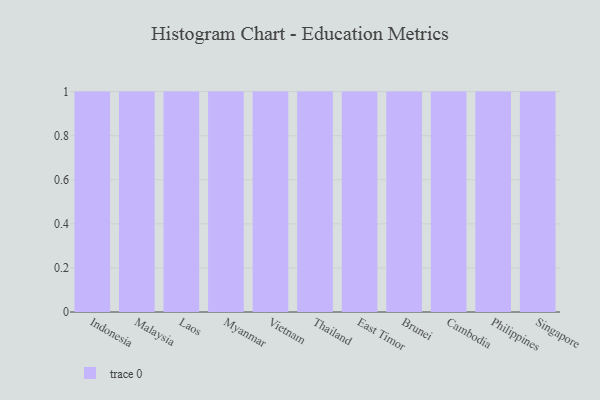
{"axis": {"x": "Country", "y": "Temperature (°C)"}, "legend": [""], "data": [{"x": "Indonesia", "y": 38, "type": ""}, {"x": "Malaysia", "y": 31, "type": ""}, {"x": "Laos", "y": 16, "type": ""}, {"x": "Myanmar", "y": 26, "type": ""}, {"x": "Vietnam", "y": 84, "type": ""}, {"x": "Thailand", "y": 74, "type": ""}, {"x": "East Timor", "y": 77, "type": ""}, {"x": "Brunei", "y": 16, "type": ""}, {"x": "Cambodia", "y": 49, "type": ""}, {"x": "Philippines", "y": 49, "type": ""}, {"x": "Singapore", "y": 14, "type": ""}]}